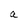
Character: a